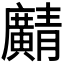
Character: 𫸎